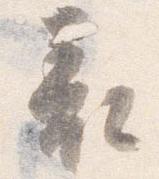
表